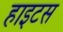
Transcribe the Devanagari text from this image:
हाइटस